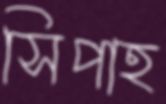
সিপাহ